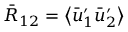
{ \bar { R } _ { 1 2 } } = \left\langle { { \bar { u } _ { 1 } ^ { \prime } } { \bar { u } _ { 2 } ^ { \prime } } } \right\rangle